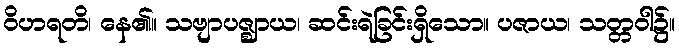
ဝိဟရတိ၊ နေ၏။ သဗျာပဇ္ဈာယ၊ ဆင်းရဲခြင်းရှိသော။ ပဇာယ၊ သတ္တဝါ၌။